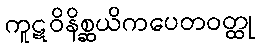
ကူဋဝိနိစ္ဆယိကပေတဝတ္ထု